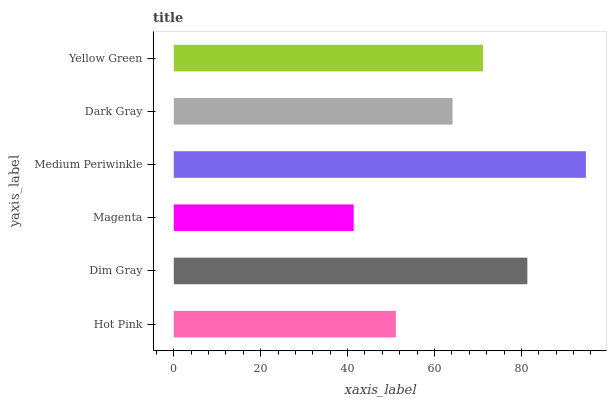
| yaxis_label | bars |
 | --- | --- |
 | Hot Pink | 51.1 |
 | Dim Gray | 81.4 |
 | Magenta | 41.4 |
 | Medium Periwinkle | 94.8 |
 | Dark Gray | 64.1 |
 | Yellow Green | 71.2 |